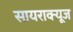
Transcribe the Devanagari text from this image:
सायराक्यूज